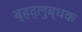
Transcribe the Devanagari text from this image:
बृहद्‌लुब्धक